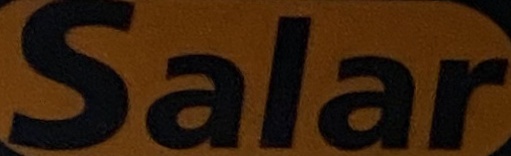
Salar